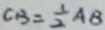
C B = \frac { 1 } { 2 } A B